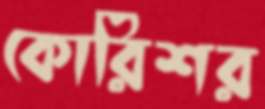
কোরিশর